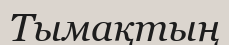
Тымақтың